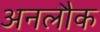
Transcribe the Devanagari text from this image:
अनलौक